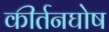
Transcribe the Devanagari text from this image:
कीर्तनघोष